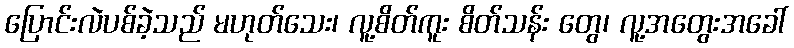
ပြောင်းလဲပစ်ခဲ့သည် မဟုတ်သေး၊ လူ့စိတ်ကူး စိတ်သန်း တွေ၊ လူ့အတွေးအခေါ်